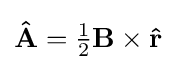
{\textstyle \mathbf {\hat {A}} ={\frac {1}{2}}\mathbf {B} \times \mathbf {\hat {r}} }